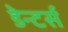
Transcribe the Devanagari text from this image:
डेन्टर्स